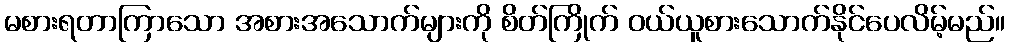
မစားရတာကြာသော အစားအသောက်များကို စိတ်ကြိုက် ဝယ်ယူစားသောက်နိုင်ပေလိမ့်မည်။